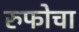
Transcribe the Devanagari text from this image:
रुफोचा